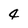
Character: 4